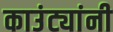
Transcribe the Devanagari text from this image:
काउंट्यांनी